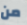
من